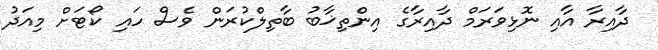
ދާއިރާ އާއި ނޮޅިވަރަމް ދާއިރާގެ އިންތިޚާބު ބާތިލްކުރަން ވެސް ހައި ކޯޓަށް މިއަދު